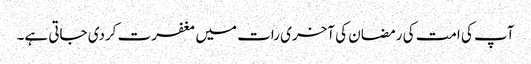
آپ کی امت کی رمضان کی آخری رات میں مغفرت کردی جاتی ہے۔